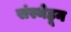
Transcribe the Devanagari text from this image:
संस्थेहून